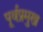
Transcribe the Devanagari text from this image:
पूर्वप्रमुख